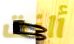
أانت